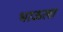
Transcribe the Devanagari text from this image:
भाऊला